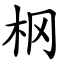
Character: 㭎